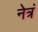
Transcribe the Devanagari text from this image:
नेत्रं